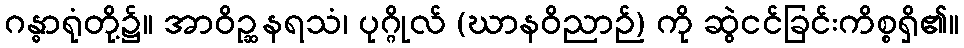
ဂန္ဓာရုံတို့၌။ အာဝိဉ္ဆနရသံ၊ ပုဂ္ဂိုလ် (ဃာနဝိညာဉ်) ကို ဆွဲငင်ခြင်းကိစ္စရှိ၏။